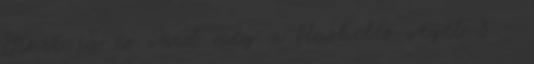
Start-ra és várd meg a flashelés végét 8 -